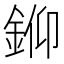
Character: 𨦪